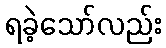
ရခဲ့သော်လည်း